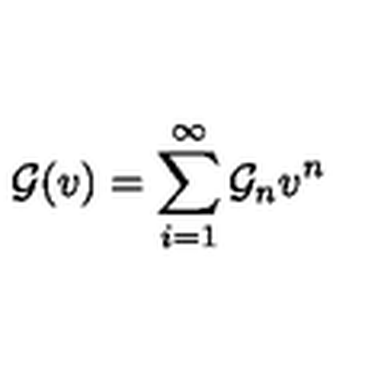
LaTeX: { \cal G } ( v ) = \sum _ { i = 1 } ^ { \infty } { \cal G } _ { n } v ^ { n }